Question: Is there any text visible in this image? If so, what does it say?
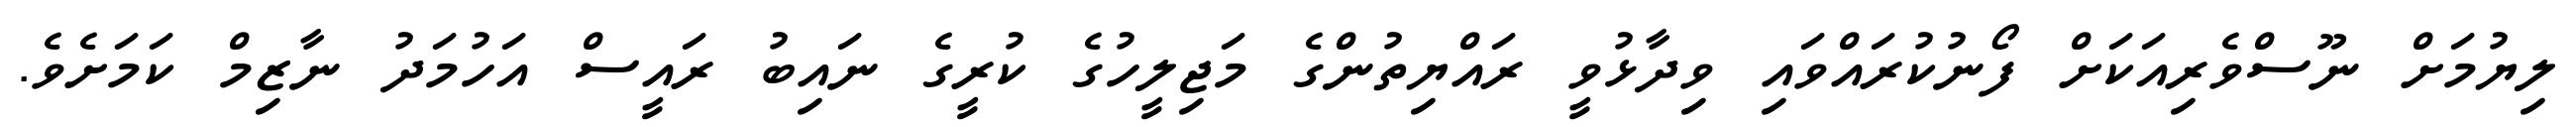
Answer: ލިޔުމަށް ނޫސްވެރިއަކަށް ފޯނުކުރައްވައި ވިދާޅުވީ ރައްޔިތުންގެ މަޖިލީހުގެ ކުރީގެ ނައިބު ރައީސް އަހުމަދު ނާޒިމް ކަމަށެވެ.